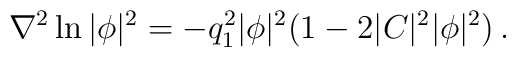
\nabla^2\ln|\phi|^2=-q_1^2|\phi|^2(1-2|C|^2|\phi|^2)\,.